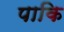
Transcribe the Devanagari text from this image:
पाकि